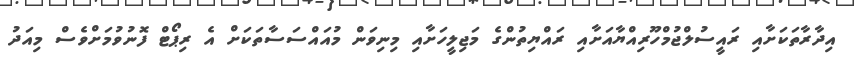
އިދާރާތަކަށާއި ރައީސުލްޖުމްހޫރިއްޔާއަށާއި ރައްޔިތުންގެ މަޖިލީހަށާއި މިނިވަން މުއައްސަސާތަކަށް އެ ރިޕޯޓް ފޮނުވުމަށްވެސް މިއަދު